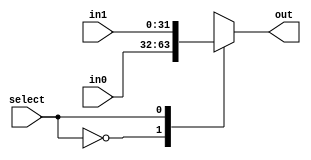
`timescale 1ns / 1ps

// We are making a single mux for all mux's 
module MUX_2x1 #(parameter n=32)(select,in0,in1,out);

input select;
input [n-1:0]in0,in1;
output reg[n-1:0]out; 

always@(*)
begin
  case(select)
    0:out<=in0;
    1:out<=in1;
    default:out<= 32'bx;
  endcase
end
endmodule